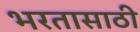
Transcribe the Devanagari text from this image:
भरतासाठी